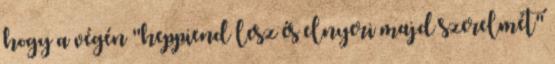
hogy a végén "heppiend lesz és elnyeri majd szerelmét"